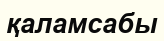
қаламсабы